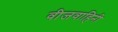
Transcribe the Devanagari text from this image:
वीजवाहिनी